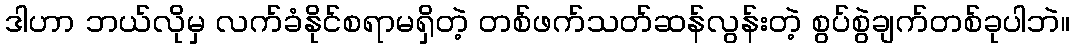
ဒါဟာ ဘယ်လိုမှ လက်ခံနိုင်စရာမရှိတဲ့ တစ်ဖက်သတ်ဆန်လွန်းတဲ့ စွပ်စွဲချက်တစ်ခုပါဘဲ။